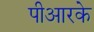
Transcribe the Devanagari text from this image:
पीआरके